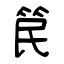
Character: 笢